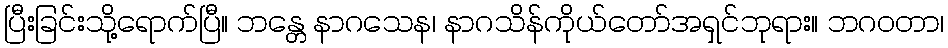
ပြီးခြင်းသို့ရောက်ပြီ။ ဘန္တေ နာဂသေန၊ နာဂသိန်ကိုယ်တော်အရှင်ဘုရား။ ဘဂဝတာ၊